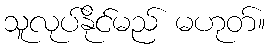
သူလုပ်နိုင်မည် မဟုတ်။